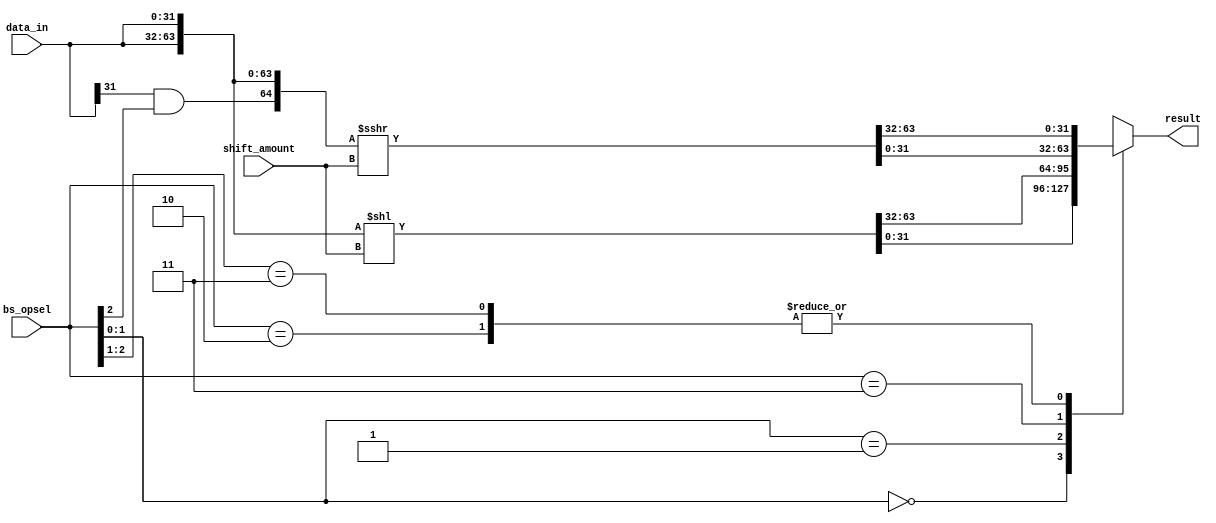
//Was developed with help and recommendations by @thodnev

`timescale 1ns/1ps

`define BS_SLL 3'b?00
`define BS_SRL 3'b010
`define BS_ROL 3'b?01
`define BS_ROR 3'b011
`define BS_SRA 3'b11?

module lab3_barrel_shifter(bs_opsel, shift_amount, data_in, result);

input  [2:0]  bs_opsel;
input  [4:0]  shift_amount;
input  [31:0] data_in;
output reg [31:0] result;

reg  [31:0] out;
reg  [31:0] out_end;
wire [63:0] data_mod1, data_mod2;
wire arithm;
 
assign arithm = data_in[31] & bs_opsel[2];
assign data_mod1 = {data_in, data_in} << shift_amount;
assign data_mod2 = $signed({arithm, data_in, data_in}) >>> shift_amount;


always @* begin
  casez (bs_opsel)
		`BS_SLL : result = data_mod1[31:0];
		`BS_SRL : result = data_mod2[63:32];
		`BS_ROL : result = data_mod1[63:32];
		`BS_ROR : result = data_mod2[31:0];
		`BS_SRA : result = data_mod2[63:32];
  endcase
end

endmodule